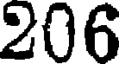
206